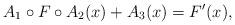
LaTeX: \begin{align*}A_1 \circ F \circ A_2(x) + A_3(x) = F'(x),\end{align*}